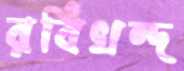
রবিখন্দ